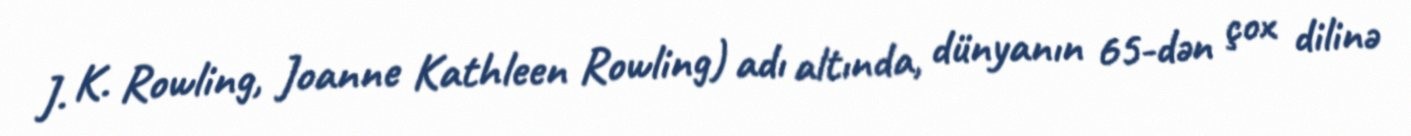
J. K. Rowling, Joanne Kathleen Rowling) adı altında, dünyanın 65-dən çox dilinə